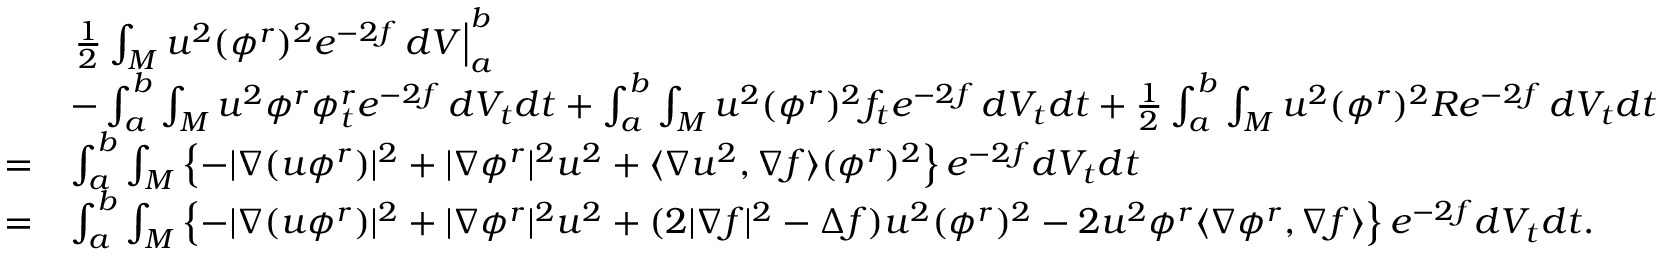
\begin{array} { r l } & { \left. \frac { 1 } { 2 } \int _ { M } u ^ { 2 } ( \phi ^ { r } ) ^ { 2 } e ^ { - 2 f } \, d V \right| _ { a } ^ { b } } \\ & { - \int _ { a } ^ { b } \int _ { M } u ^ { 2 } \phi ^ { r } \phi _ { t } ^ { r } e ^ { - 2 f } \, d V _ { t } d t + \int _ { a } ^ { b } \int _ { M } u ^ { 2 } ( \phi ^ { r } ) ^ { 2 } f _ { t } e ^ { - 2 f } \, d V _ { t } d t + \frac { 1 } { 2 } \int _ { a } ^ { b } \int _ { M } u ^ { 2 } ( \phi ^ { r } ) ^ { 2 } R e ^ { - 2 f } \, d V _ { t } d t } \\ { = } & { \int _ { a } ^ { b } \int _ { M } \left\{ - | \nabla ( u \phi ^ { r } ) | ^ { 2 } + | \nabla \phi ^ { r } | ^ { 2 } u ^ { 2 } + \langle \nabla u ^ { 2 } , \nabla f \rangle ( \phi ^ { r } ) ^ { 2 } \right\} e ^ { - 2 f } d V _ { t } d t } \\ { = } & { \int _ { a } ^ { b } \int _ { M } \left\{ - | \nabla ( u \phi ^ { r } ) | ^ { 2 } + | \nabla \phi ^ { r } | ^ { 2 } u ^ { 2 } + ( 2 | \nabla f | ^ { 2 } - \Delta f ) u ^ { 2 } ( \phi ^ { r } ) ^ { 2 } - 2 u ^ { 2 } \phi ^ { r } \langle \nabla \phi ^ { r } , \nabla f \rangle \right\} e ^ { - 2 f } d V _ { t } d t . } \end{array}